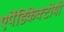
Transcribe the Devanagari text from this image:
एपेंडिकेक्टोमी